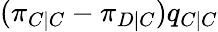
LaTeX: (\pi_{C|C}-\pi_{D|C})q_{C|C}